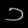
Digit: ၁